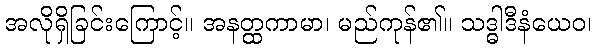
အလိုရှိခြင်းကြောင့်။ အနတ္ထကာမာ၊ မည်ကုန်၏။ သဒ္ဓါဒီနံယေဝ၊